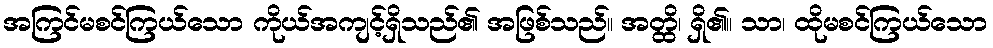
အကြင်မစင်ကြယ်သော ကိုယ်အကျင့်ရှိသည်၏ အဖြစ်သည်။ အတ္ထိ၊ ရှိ၏။ သာ၊ ထိုမစင်ကြယ်သော